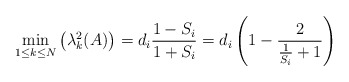
\begin{align*}\min_{1\leq k\leq N}\left( \lambda_{k}^{2}(A)\right) =d_{i}\frac{1-S_{i}}{1+S_{i}}=d_{i}\left( 1-\frac{2}{\frac{1}{S_{i}}+1}\right)\end{align*}